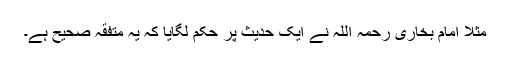
مثلاً امام بخاری رحمہ اللہ نے ایک حدیث پر حکم لگایا کہ یہ متفقہ صحیح ہے۔